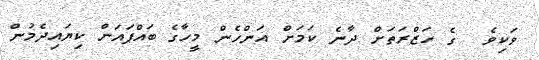
ވަކިވެ  ގެ ހަޒްރަތަށް ދާނެ ކަމަށް އަންހެން މީހާގެ ބައްޕައަށް ކިޔައިދެމުން